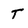
Character: T